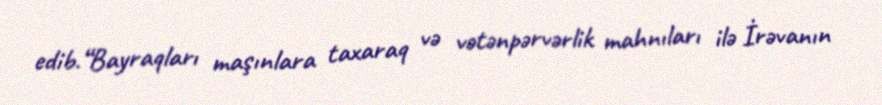
edib.“Bayraqları maşınlara taxaraq və vətənpərvərlik mahnıları ilə İrəvanın